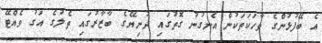
އެ ބޭފުޅުންގެ ވާހަކަތަކުން އެނގުނު ގޮތުގައި ދުނިޔޭގެ ބާޒާރުގައި ތެލުގެ އަގު ވެއްޓޭ